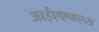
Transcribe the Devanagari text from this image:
आईएएफएस